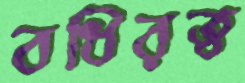
বধিরত্ব